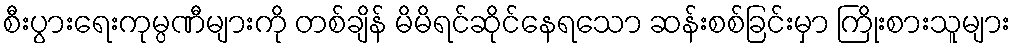
စီးပွားရေးကုမ္ပဏီများကို တစ်ချိန် မိမိရင်ဆိုင်နေရသော ဆန်းစစ်ခြင်းမှာ ကြိုးစားသူများ